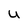
Character: u